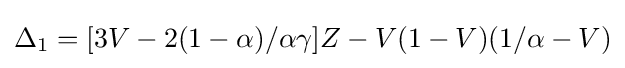
\Delta _{1}=[3V-2(1-\alpha )/\alpha \gamma ]Z-V(1-V)(1/\alpha -V)